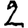
Digit: 2